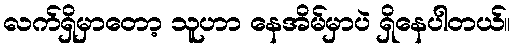
လက်ရှိမှာတော့ သူဟာ နေအိမ်မှာပဲ ရှိနေပါတယ်။